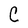
Character: C